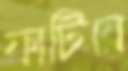
ফাটিয়ে